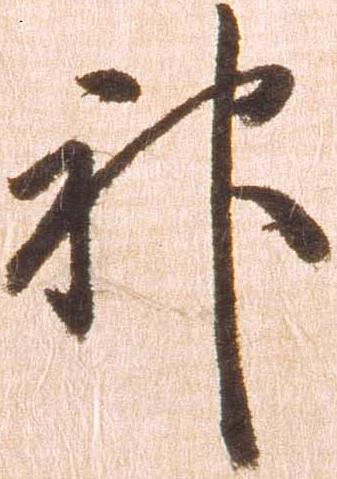
神